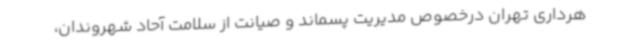
هرداری تهران درخصوص مدیریت پسماند و صیانت از سلامت آحاد شهروندان،